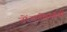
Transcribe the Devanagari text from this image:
नोंदणीसंबंधी